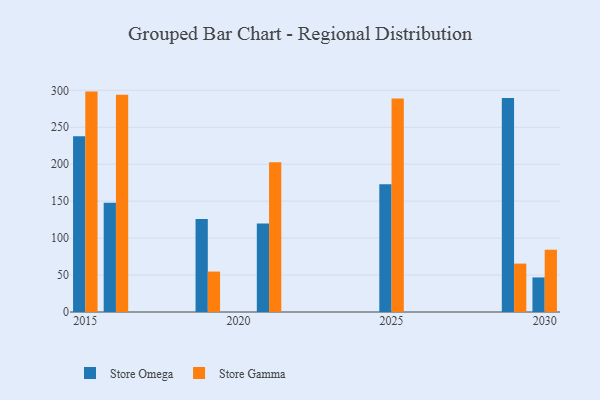
{"axis": {"x": "Year", "y": "Waste Production (Tons)"}, "legend": ["Store Gamma", "Store Omega"], "data": [{"x": "2030", "y": 46.8, "type": "Store Omega"}, {"x": "2030", "y": 84.3, "type": "Store Gamma"}, {"x": "2016", "y": 147.9, "type": "Store Omega"}, {"x": "2016", "y": 294.0, "type": "Store Gamma"}, {"x": "2019", "y": 126.0, "type": "Store Omega"}, {"x": "2019", "y": 54.7, "type": "Store Gamma"}, {"x": "2025", "y": 173.0, "type": "Store Omega"}, {"x": "2025", "y": 288.9, "type": "Store Gamma"}, {"x": "2021", "y": 119.7, "type": "Store Omega"}, {"x": "2021", "y": 202.7, "type": "Store Gamma"}, {"x": "2015", "y": 237.8, "type": "Store Omega"}, {"x": "2015", "y": 298.3, "type": "Store Gamma"}, {"x": "2029", "y": 289.6, "type": "Store Omega"}, {"x": "2029", "y": 65.5, "type": "Store Gamma"}]}